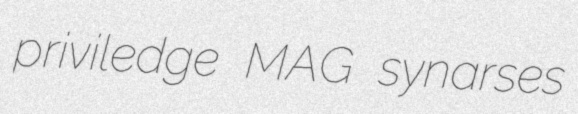
priviledge MAG synarses